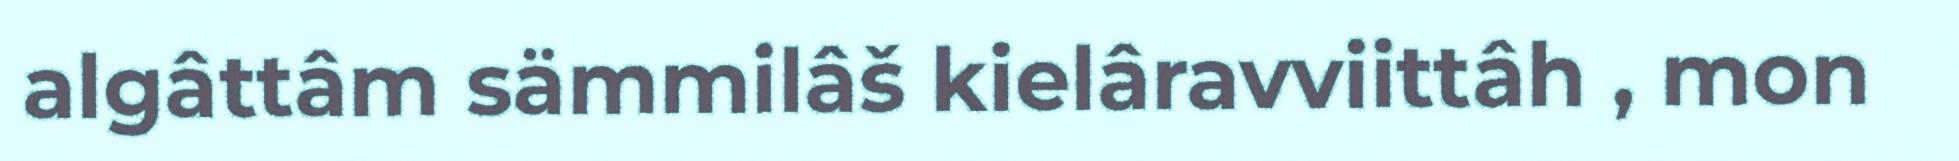
algâttâm sämmilâš kielâravviittâh , mon